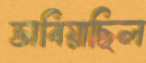
ভাবিয়াছিল